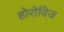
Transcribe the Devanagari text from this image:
होरोविज